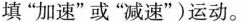
填”加速”或”减速”)运动。